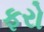
ફરો